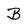
Character: B